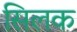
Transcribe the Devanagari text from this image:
सिलक